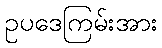
ဥပဒေကြမ်းအား